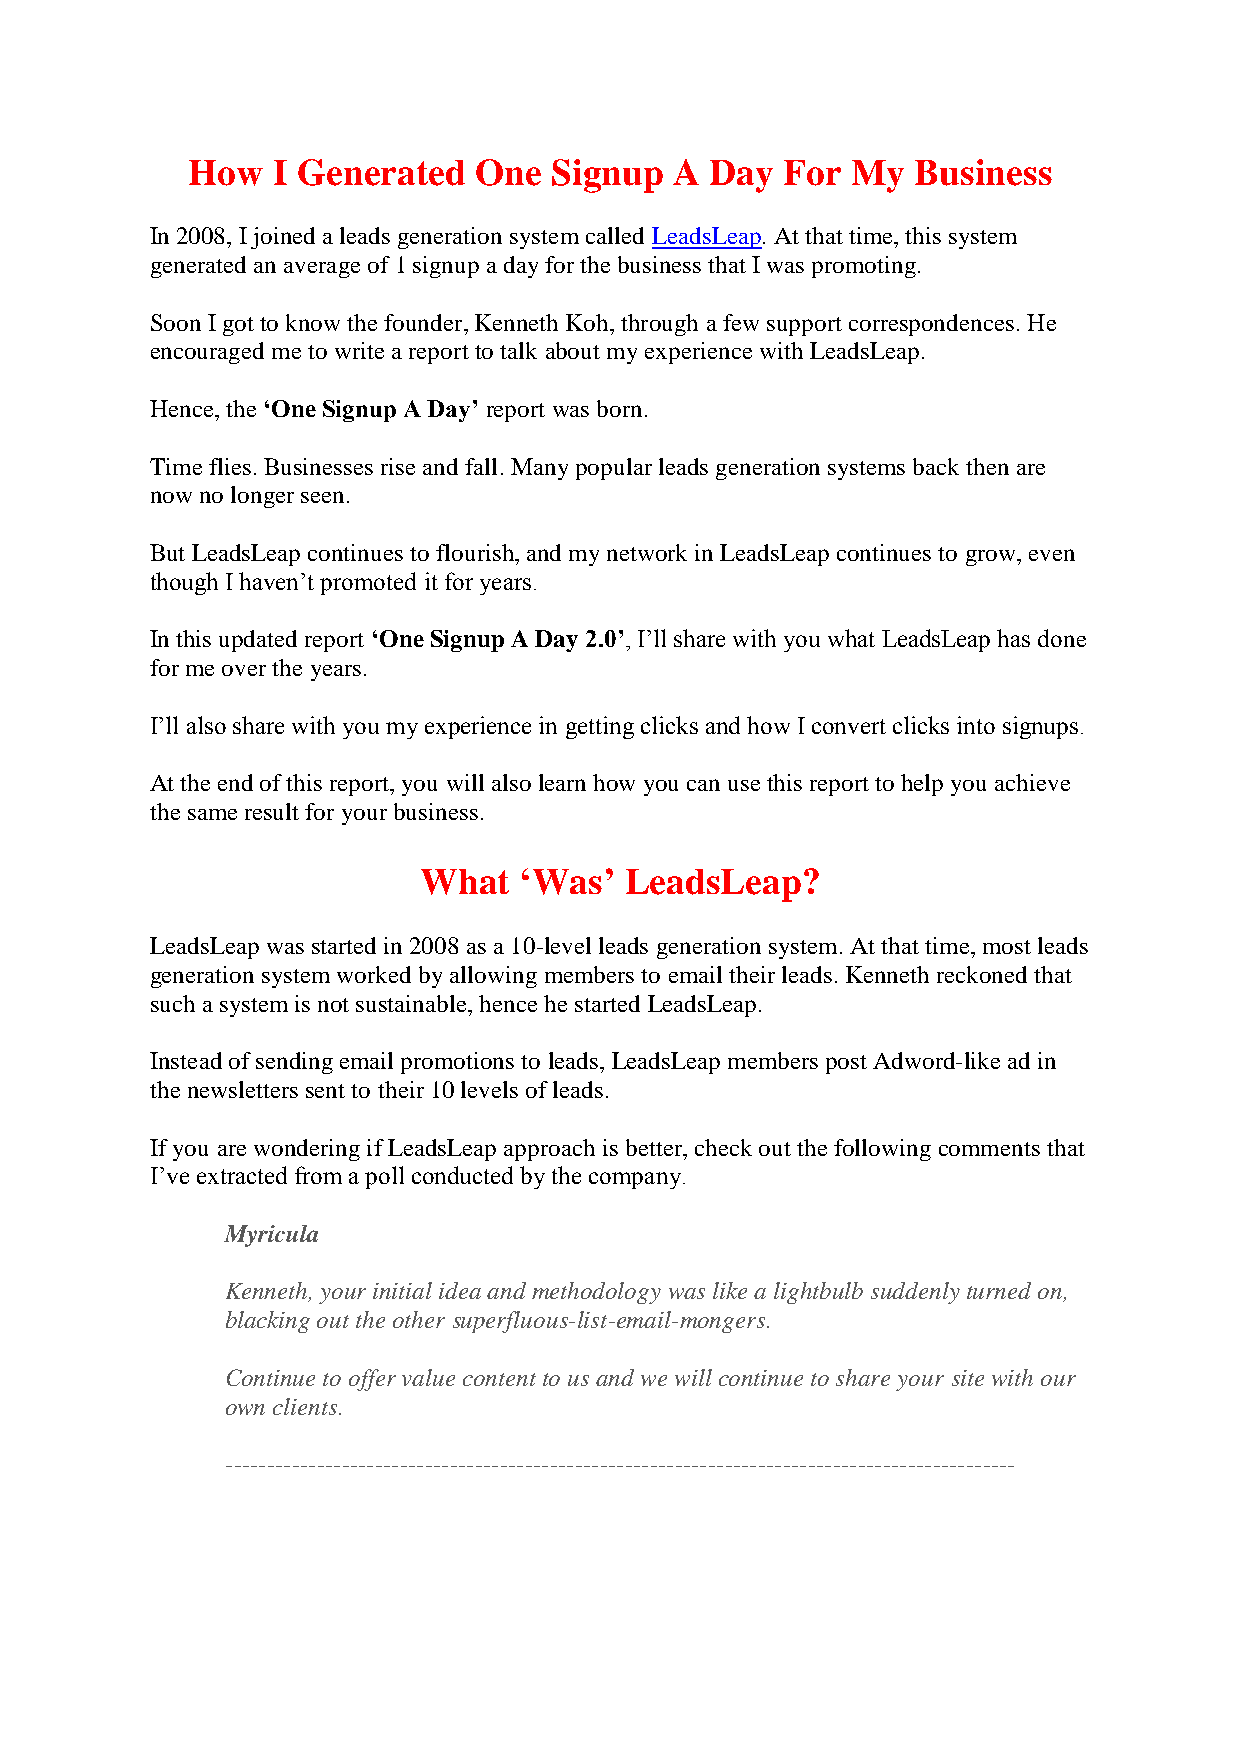
How   I Generated  One  Signup   A Day  For My   Business
 In 2008, I joined a leads generation system called LeadsLeap. At that time, this system
 generated an average of 1 signup a day for the business that I was promoting.
 Soon I got to know the founder, Kenneth Koh, through a few support correspondences. He
 encouraged me to write a report to talk about my experience with LeadsLeap.
 Hence, the ‘One Signup A Day’ report was born.
 Time flies. Businesses rise and fall. Many popular leads generation systems back then are
 now no longer seen.
 But LeadsLeap continues to flourish, and my network in LeadsLeap continues to grow, even
 though I haven’t promoted it for years.
 In this updated report ‘One Signup A Day 2.0’, I’ll share with you what LeadsLeap has done
 for me over the years.
 I’ll also share with you my experience in getting clicks and how I convert clicks into signups.
 At the end of this report, you will also learn how you can use this report to help you achieve
 the same result for your business.
 What  ‘Was’  LeadsLeap?
 LeadsLeap was started in 2008 as a 10-level leads generation system. At that time, most leads
 generation system worked by allowing members to email their leads. Kenneth reckoned that
 such a system is not sustainable, hence he started LeadsLeap.
 Instead of sending email promotions to leads, LeadsLeap members post Adword-like ad in
 the newsletters sent to their 10 levels of leads.
 If you are wondering if LeadsLeap approach is better, check out the following comments that
 I’ve extracted from a poll conducted by the company.
 Myricula
 Kenneth, your initial idea and methodology was like a lightbulb suddenly turned on,
 blacking out the other superfluous-list-email-mongers.
 Continue to offer value content to us and we will continue to share your site with our
 own clients.
 -----------------------------------------------------------------------------------------------